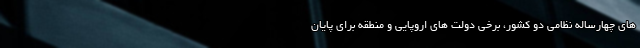
های چهارساله نظامی دو کشور، برخی دولت های اروپایی و منطقه برای پایان